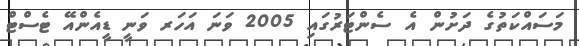
މަސައްކަތުގެ ދަށުން އެ ސެންޓަރުގައި 2005 ވަނަ އަހަރ ވަނީ ޑީއެންއޭ ޓެސްޓް